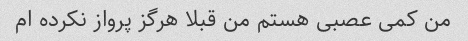
من کمی عصبی هستم من قبلا هرگز پرواز نکرده ام